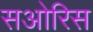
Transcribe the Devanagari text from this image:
सओरिस